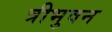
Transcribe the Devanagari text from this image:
त्रीभुवन